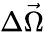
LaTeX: \Delta\vec{\Omega}